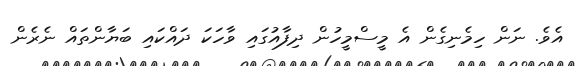
އެވެ. ނަން ހިމެނިގެން އެ މީސްމީހުން ދިފާއުގައި ވާހަކަ ދައްކައި ބަޔާންތައް ނެރެން